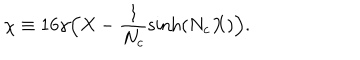
LaTeX: \chi \equiv 1 6 \gamma \Big ( X - { \frac { 1 } { N _ { c } } } \mathrm { s i n h } ( N _ { c } X ) \Big ) .